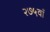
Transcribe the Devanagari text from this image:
२७५वाँ